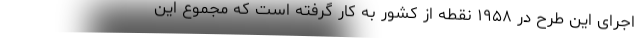
اجرای این طرح در ۱۹۵۸ نقطه از کشور به کار گرفته است که مجموع این